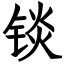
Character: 锬